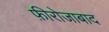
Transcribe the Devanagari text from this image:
फ़ीरोजाबाद